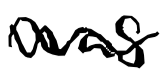
Text: was
Cross-out: wave
Writing tool: digital_black